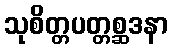
သုစိတ္တပတ္တစ္ဆဒနာ